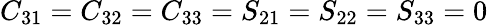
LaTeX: C_{31}=C_{32}=C_{33}=S_{21}=S_{22}=S_{33}=0